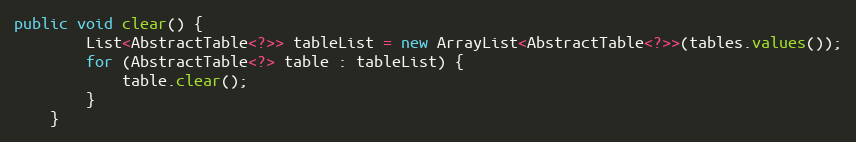
Language: Java
public void clear() {
		List<AbstractTable<?>> tableList = new ArrayList<AbstractTable<?>>(tables.values());
		for (AbstractTable<?> table : tableList) {
			table.clear();
		}
	}